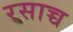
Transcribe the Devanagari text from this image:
रसाच्च